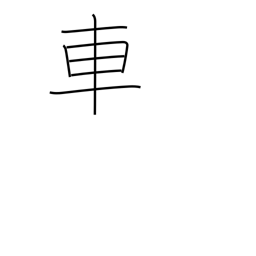
Meaning: car